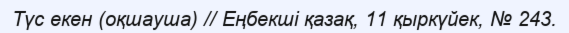
Түс екен (оқшауша) // Еңбекші қазақ, 11 қыркүйек, № 243.